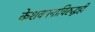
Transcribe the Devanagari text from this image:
केशवपनाविरुद्धही